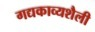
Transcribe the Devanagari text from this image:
गद्यकाव्यशैली